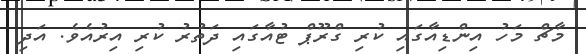
މާޗް މަހު އިންޑިއާގައި ކުރި ގްރޫޕް ޓުއާގައި ދަތުރު ކުރި އިރުއެވެ. އަދި